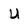
Character: U